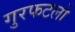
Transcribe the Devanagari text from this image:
गुरफटलो